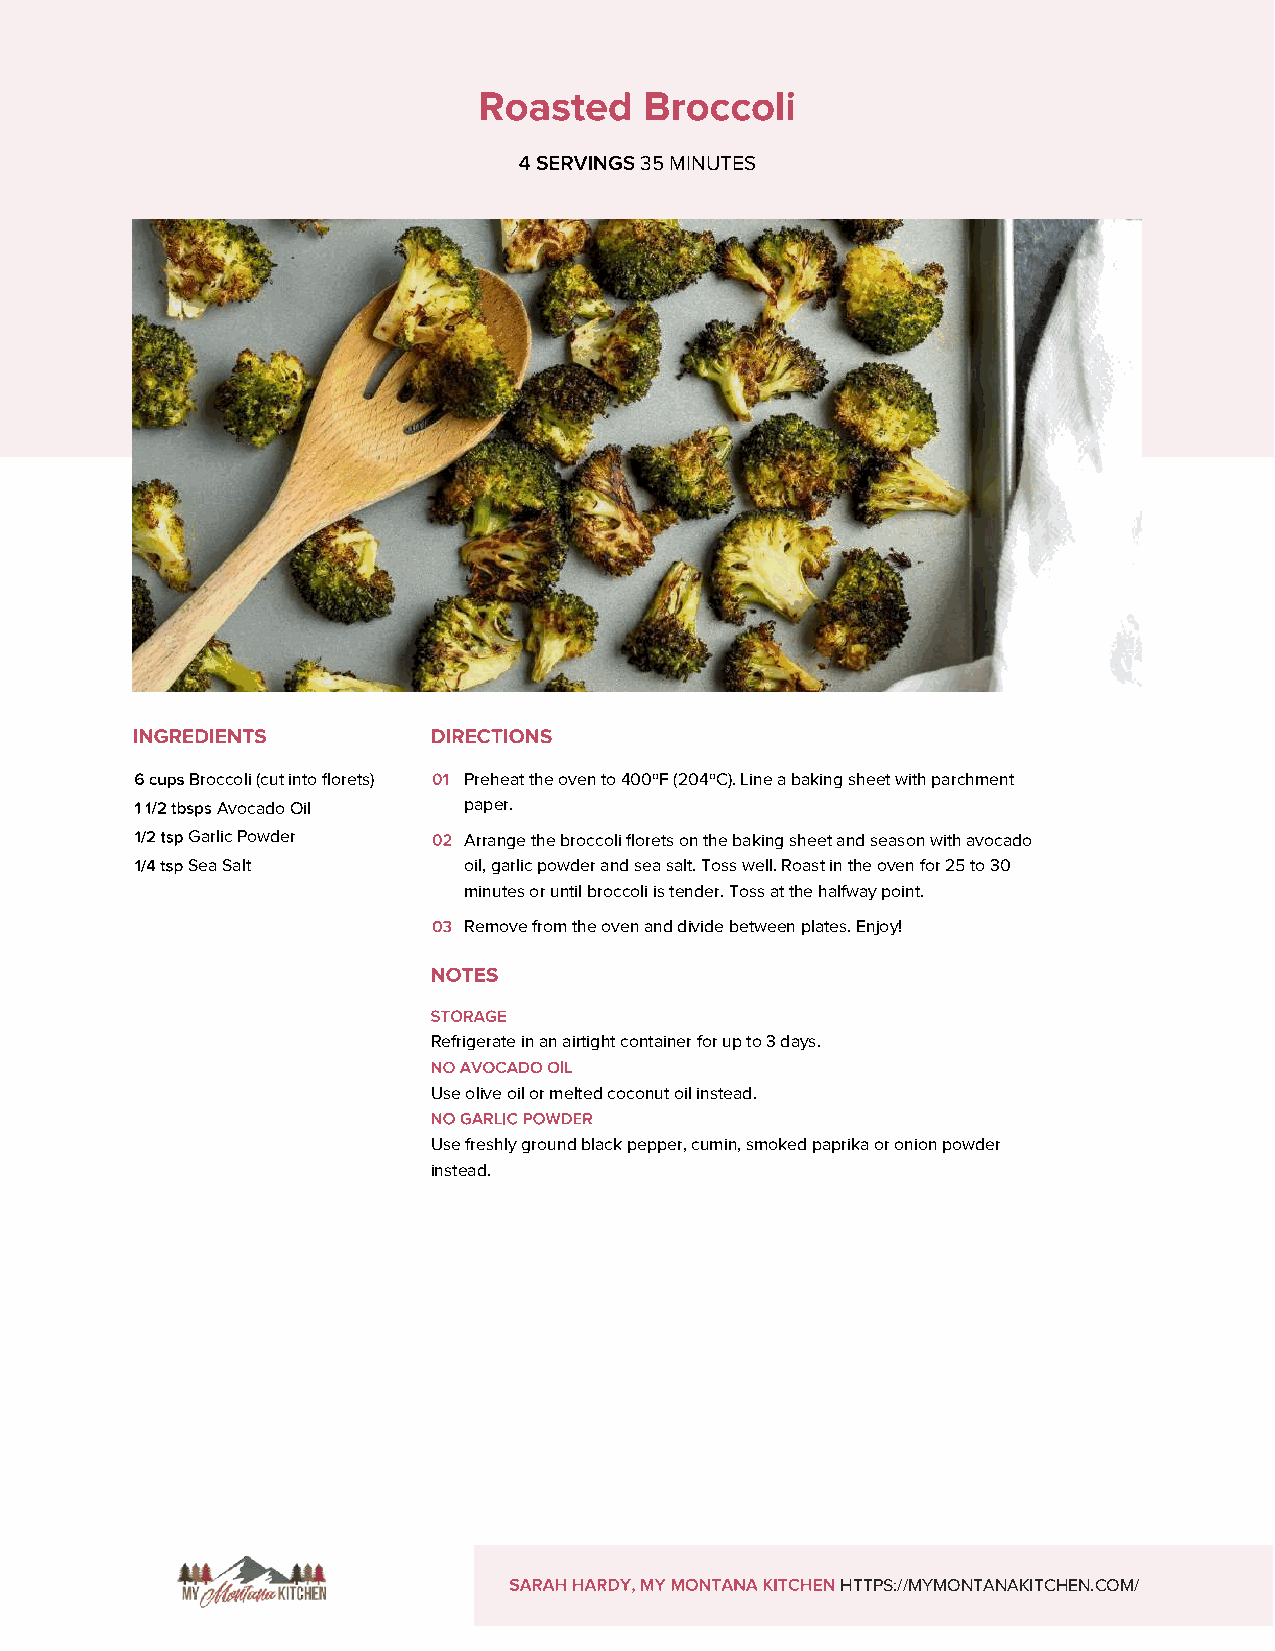
35 MINUTES
 Broccoli (cut into florets) Preheat the oven to 400ºF (204ºC). Line a baking sheet with parchment
 Avocado Oil      paper.
 Garlic Powder      Arrange the broccoli florets on the baking sheet and season with avocado
 Sea Salt           oil, garlic powder and sea salt. Toss well. Roast in the oven for 25 to 30
 minutes or until broccoli is tender. Toss at the halfway point.
 Remove from the oven and divide between plates. Enjoy!
 Refrigerate in an airtight container for up to 3 days.
 Use olive oil or melted coconut oil instead.
 Use freshly ground black pepper, cumin, smoked paprika or onion powder
 instead.
 HTTPS://MYMONTANAKITCHEN.COM/